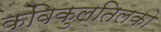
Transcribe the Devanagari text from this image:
कविकुलतिलको